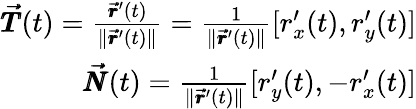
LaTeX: \begin{array}{r}{\pmb{\vec{T}}(t)=\frac{\pmb{\vec{r}}^{\prime}(t)}{\lVert\pmb{\vec{r}}^{\prime}(t)\rVert}=\frac{1}{\lVert\pmb{\vec{r}}^{\prime}(t)\rVert}[r_{x}^{\prime}(t),r_{y}^{\prime}(t)]}\\ {\pmb{\vec{N}}(t)=\frac{1}{\lVert\pmb{\vec{r}}^{\prime}(t)\rVert}[r_{y}^{\prime}(t),-r_{x}^{\prime}(t)]}\end{array}